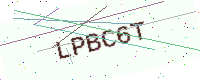
Text: LPBC6T